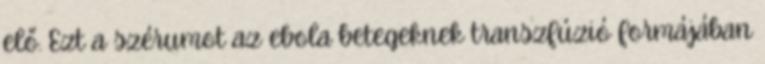
elő. Ezt a szérumot az ebola betegeknek transzfúzió formájában